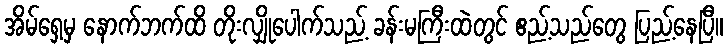
အိမ်ရှေ့မှ နောက်ဘက်ထိ တိုးလျှိုပေါက်သည့် ခန်းမကြီးထဲတွင် ဧည့်သည်တွေ ပြည့်နေပြီ။